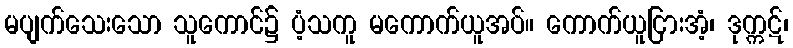
မပျက်သေးသော သူကောင်၌ ပံ့သကူ မကောက်ယူအပ်။ ကောက်ယူငြားအံ့၊ ဒုက္ကဋ်၊